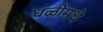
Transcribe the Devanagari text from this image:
घळीमधे